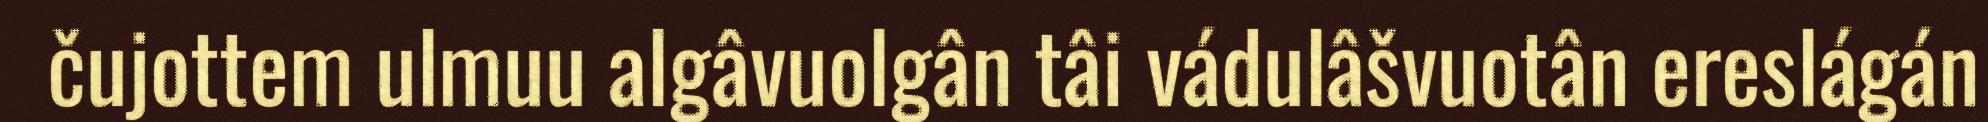
čujottem ulmuu algâvuolgân tâi vádulâšvuotân ereslágán